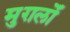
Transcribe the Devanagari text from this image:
मुग़लोँ